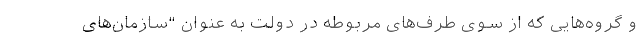
و گروه‌هایی که از سوی طرف‌های مربوطه در دولت به عنوان "سازمان‌های